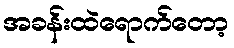
အခန်းထဲရောက်တော့